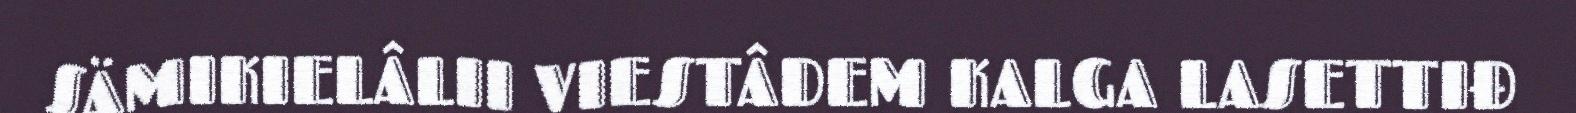
SÄMIKIELÂLII VIESTÂDEM KALGA LASETTIĐ